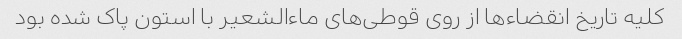
کلیه تاریخ انقضاء‌ها از روی قوطی‌های ماءالشعیر با استون پاک شده بود